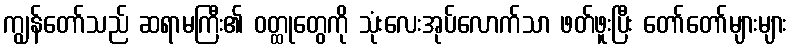
ကျွန်တော်သည် ဆရာမကြီး၏ ဝတ္ထုတွေကို သုံးလေးအုပ်လောက်သာ ဖတ်ဖူးပြီး တော်တော်များများ